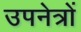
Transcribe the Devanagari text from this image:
उपनेत्रों